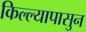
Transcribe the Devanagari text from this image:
किल्ल्यापासुन